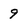
Character: 9